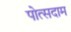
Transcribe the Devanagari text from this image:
पोत्सदाम